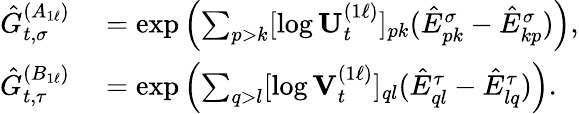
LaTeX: \begin{array}{rl}{\hat{G}_{t,\sigma}^{(A_{1\ell})}}&{{}=\exp\left(\sum_{p>k}[\log\mathbf{U}_{t}^{(1\ell)}]_{pk}(\hat{E}_{pk}^{\sigma}-\hat{E}_{kp}^{\sigma})\right),}\\ {\hat{G}_{t,\tau}^{(B_{1\ell})}}&{{}=\exp\left(\sum_{q>l}[\log\mathbf{V}_{t}^{(1\ell)}]_{ql}(\hat{E}_{ql}^{\tau}-\hat{E}_{lq}^{\tau})\right).}\end{array}